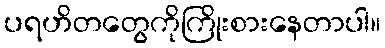
ပရဟိတတွေကိုကြိုးစားနေတာပါ။